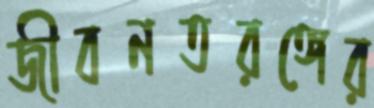
জীবনতরঙ্গের